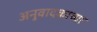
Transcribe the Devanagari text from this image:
अनुवादकाच्या